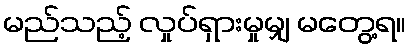
မည်သည့် လှုပ်ရှားမှုမျှ မတွေ့ရ။